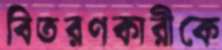
বিতরণকারীকে